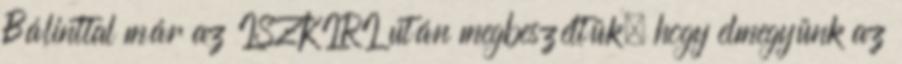
Bálinttal már az ISZKIRI után megbeszéltük, hogy elmegyünk az